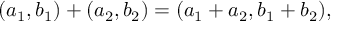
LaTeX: ( a _ { 1 } , b _ { 1 } ) + ( a _ { 2 } , b _ { 2 } ) = ( a _ { 1 } + a _ { 2 } , b _ { 1 } + b _ { 2 } ) ,